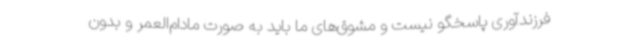
فرزندآوری پاسخگو نیست و مشوق‌های ما باید به صورت مادام‌العمر و بدون